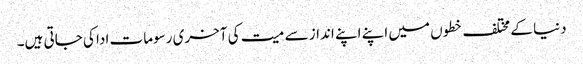
دنیا کے مختلف خطوں میں اپنے اپنے انداز سے میت کی آخری رسومات ادا کی جاتی ہیں۔